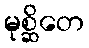
မုစ္ဆိတေ